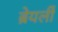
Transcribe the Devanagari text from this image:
ब्रेयर्ली